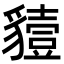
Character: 𧴒